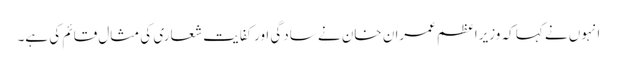
انہوں نے کہا کہ وزیراعظم عمران خان نے سادگی اورکفایت شعاری کی مثال قائم کی ہے۔